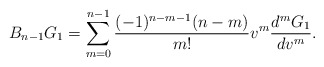
\begin{align*} B_{n-1}G_1=\sum_{m=0}^{n-1}\frac{(-1)^{n-m-1}(n-m)}{m!}v^m\frac{d^mG_1}{dv^m}.\end{align*}